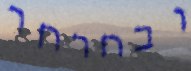
ובחרחר